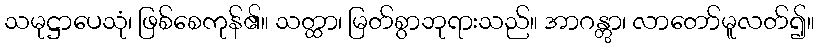
သမုဋ္ဌာပေသုံ၊ ဖြစ်စေကုန်၏။ သတ္ထာ၊ မြတ်စွာဘုရားသည်။ အာဂန္တွာ၊ လာတော်မူလတ်၍။